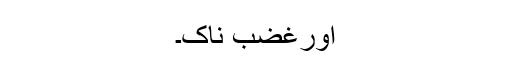
اورغضب ناک۔